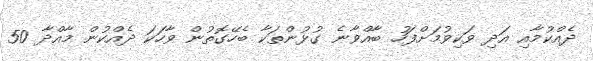
ދެއްކުމާއި އަދި ވަކިވުމަށްފަހު ބާއްވާނެ ގުޅުންތަކާ ބެހޭގޮތުން ވާހަކަ ދެއްކުން މާއްދާ 50